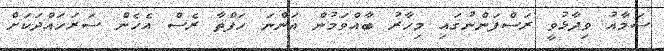
ސަމާއު ވިދާޅުވީ ރަސްފަންނުގައި މިހާރު ބާއްވަމުން އަންނަ ހަފްތާ ރެސް އެހެން ސަރަހައްދަކަށް